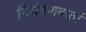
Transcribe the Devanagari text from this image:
निमंत्रणकर्ता